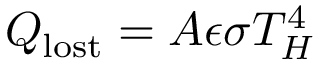
Q _ { \mathrm { l o s t } } = A \epsilon \sigma T _ { H } ^ { 4 }